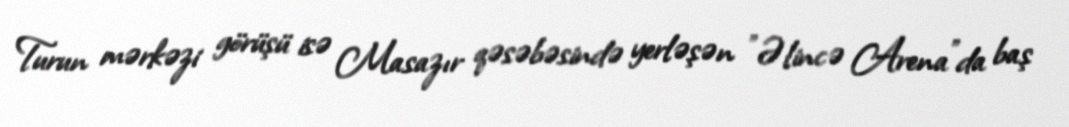
Turun mərkəzi görüşü isə Masazır qəsəbəsində yerləşən "Əlincə Arena"da baş